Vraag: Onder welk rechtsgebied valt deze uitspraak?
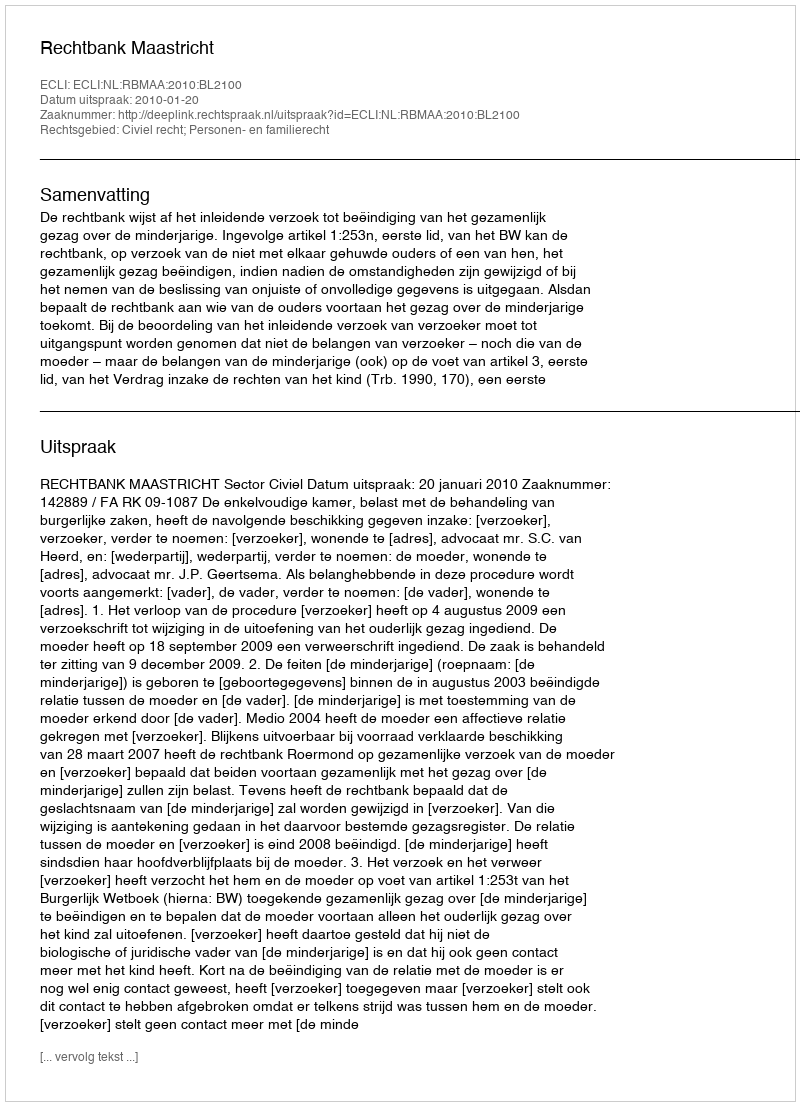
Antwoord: Civiel recht; Personen- en familierecht